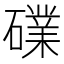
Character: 礏